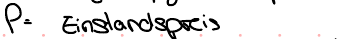
P = Einstandspreis